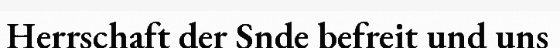
Herrschaft der Snde befreit und uns